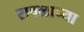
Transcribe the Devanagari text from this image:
रावळाच्या